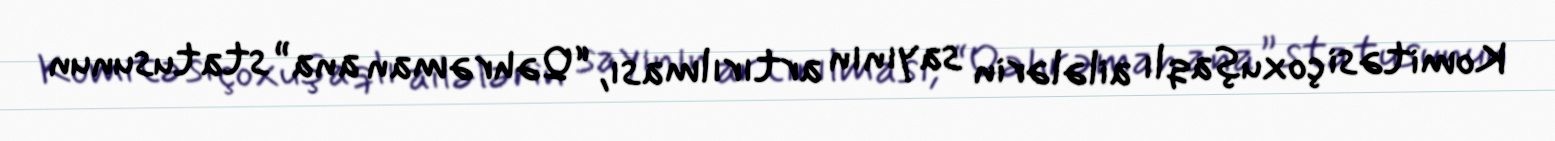
Komitəsi çoxuşaqlı ailələrin sayının artırılması, “Qəhrəman ana” statusunun